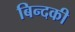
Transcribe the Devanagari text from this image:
बिन्‍दकी